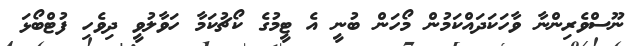
ނޫސްވެރިންނާ ވާހަކަދައްކަމުން މޯހަން ބުނީ އެ ޓީމުގެ ކޯޗުކަމާ ހަވާލުވީ ދިވެހި ފުޓްބޯޅަ